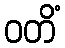
ဝတိံ